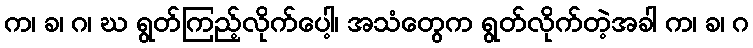
က၊ ခ၊ ဂ၊ ဃ ရွတ်ကြည့်လိုက်ပေါ့၊ အသံတွေက ရွတ်လိုက်တဲ့အခါ က၊ ခ၊ ဂ